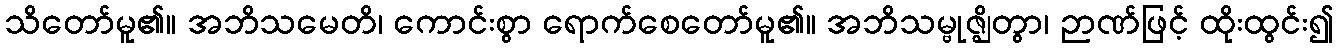
သိတော်မူ၏။ အဘိသမေတိ၊ ကောင်းစွာ ရောက်စေတော်မူ၏။ အဘိသမ္ဗုဇ္ဈိတွာ၊ ဉာဏ်ဖြင့် ထိုးထွင်း၍